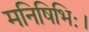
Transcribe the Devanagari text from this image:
मनिषिभिः।